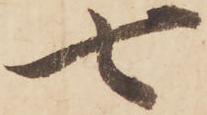
七